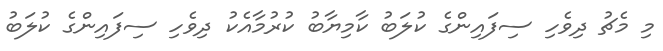
މި މެޗު ދިވެހި ސިފައިންގެ ކުލަބު ކާމިޔާބު ކުރުމާއެކު ދިވެހި ސިފައިންގެ ކުލަބު